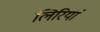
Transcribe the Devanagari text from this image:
लिरियां